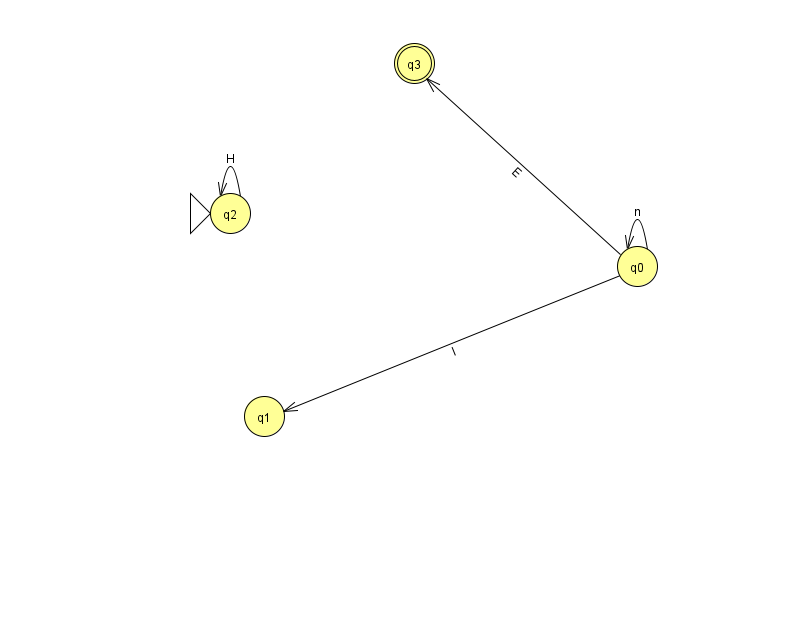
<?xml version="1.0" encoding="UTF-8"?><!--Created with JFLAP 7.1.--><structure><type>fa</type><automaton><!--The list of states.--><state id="0" name="q0"><x>637.0</x><y>253.0</y></state><state id="1" name="q1"><x>264.0</x><y>403.0</y></state><state id="2" name="q2"><x>230.0</x><y>200.0</y><initial/></state><state id="3" name="q3"><x>414.0</x><y>50.0</y><final/></state><!--The list of transitions.--><transition><from>0</from><to>1</to><read>I</read></transition><transition><from>2</from><to>2</to><read>H</read></transition><transition><from>0</from><to>3</to><read>E</read></transition><transition><from>0</from><to>0</to><read>n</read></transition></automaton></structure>